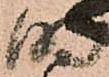
明